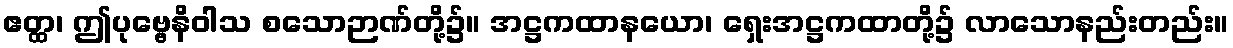
ဧတ္ထ၊ ဤပုဗ္ဗေနိဝါသ စသောဉာဏ်တို့၌။ အဋ္ဌကထာနယော၊ ရှေးအဋ္ဌကထာတို့၌ လာသောနည်းတည်း။